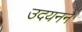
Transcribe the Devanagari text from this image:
उदयनने